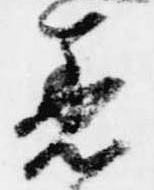
着